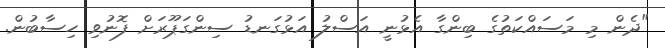
"ދެން މި މަސައްކަތުގެ ބިންގާ އެޅުނީ އަސްލު އަޅުގަނޑު ސިންގަޕޫރަށް ފޮނުވި ހިސާބުން.